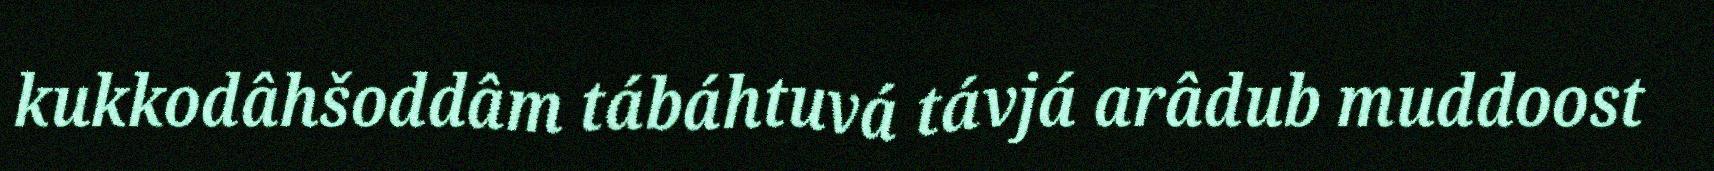
kukkodâhšoddâm tábáhtuvá távjá arâdub muddoost